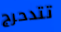
تتدحرج